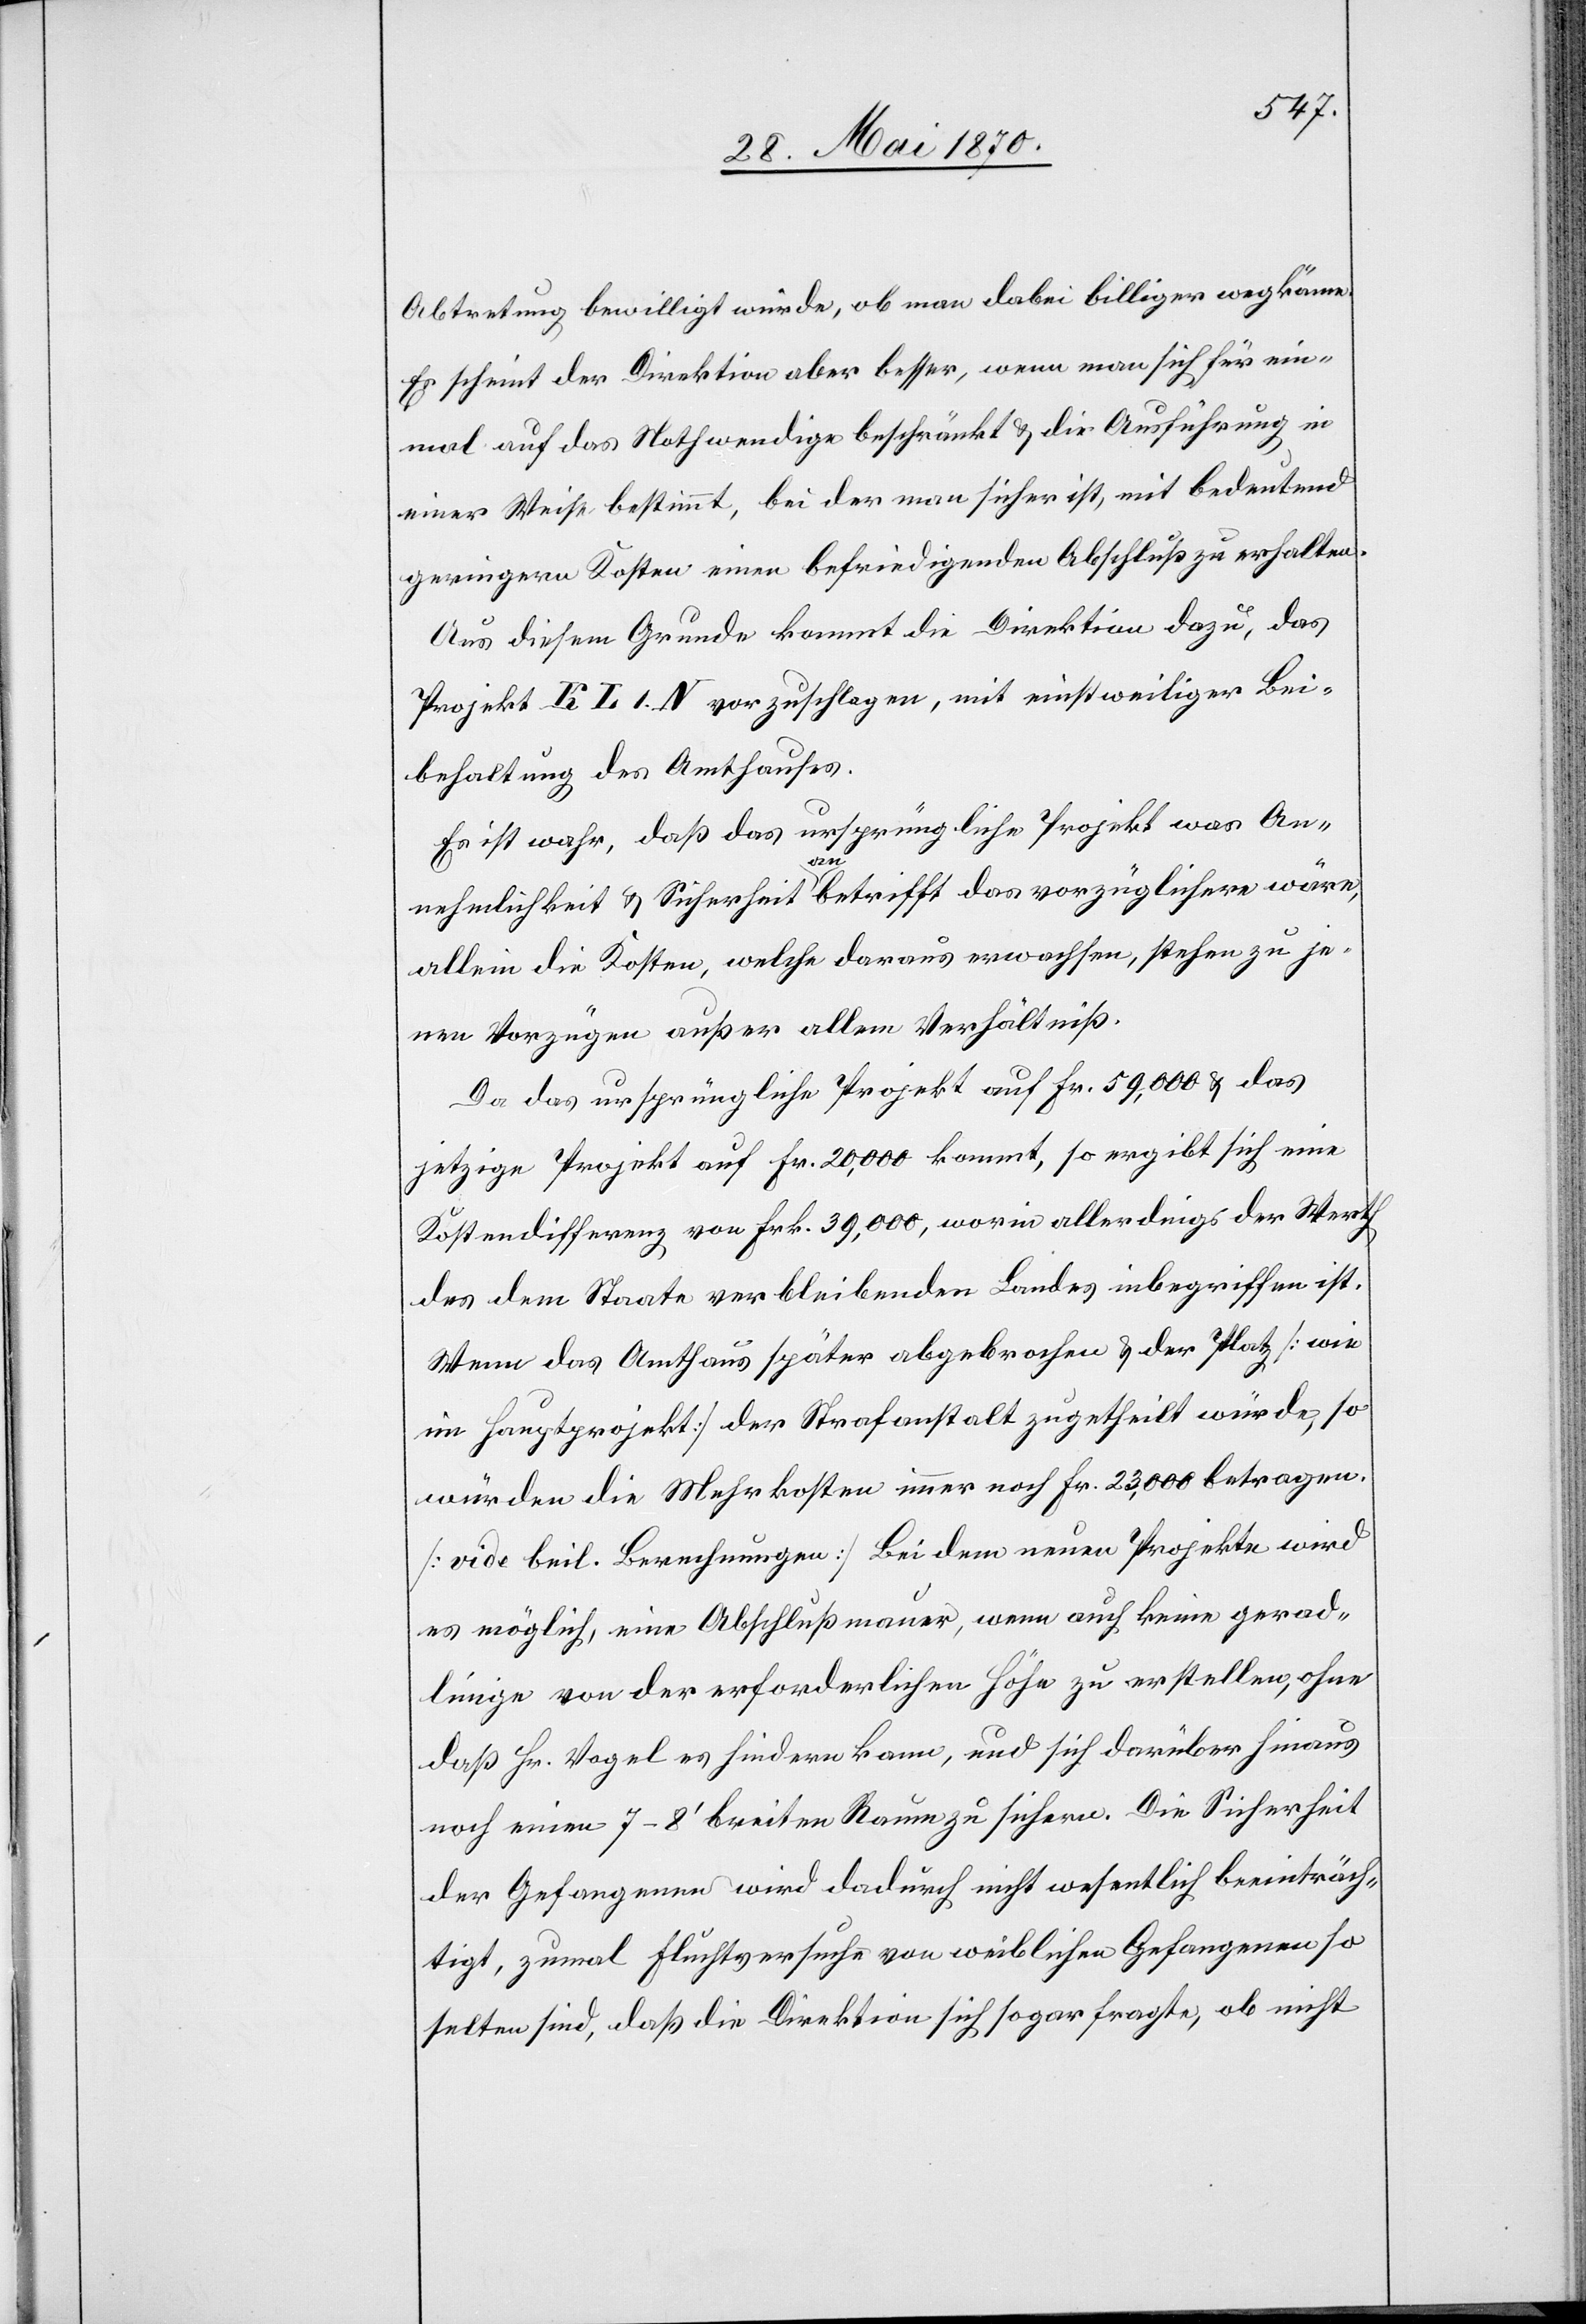
Abtretung bewilligt würde, ob man dabei billiger wegkäme.
Es scheint der Direktion aber besser, wenn man sich für ein¬
mal auf das Nothwendige beschränkt & die Ausführung in
einer Weise bestimmt, bei der man sicher ist, mit bedeutend
geringern Kosten einen befriedigenden Abschluß zu erhalten.
Aus diesem Grunde kommt die Direktion dazu, das
Projekt K L I N vorzuschlagen, mit einstweiliger Bei¬
behaltung des Amthauses.
Es ist wahr, daß das ursprüngliche Projekt was An¬
nehmlichkeit & Sicherheit anbetrifft das vorzüglichere wäre,
allein die Kosten, welche daraus erwachsen, stehen zu je¬
nen Vorzügen außer allem Verhältniß.
Da das ursprüngliche Projekt auf Fr. 59,000 & das
jetzige Projekt auf Fr. 20,000 kommt, so ergibt sich eine
Kostendifferenz von Frk. 39,000, worin allerdings der Werth
des dem Staate verbleibenden Landes inbegriffen ist.
Wenn das Amthaus später abgebrochen & der Platz [wie
im Hauptprojekt] der Strafanstalt zugetheilt würde, so
würden die Mehrkosten immer noch Fr. 23,000 betragen.
[vide beil. Berechnungen] Bei dem neuen Projekte wird
es möglich, eine Abschlußmauer, wenn auch keine gerad¬
linige von der erforderlichen Höhe zu erstellen, ohne
daß Hr. Vogel es hindern kann, und sich darüber hinaus
noch einen 7–8‘ breiten Raum zu sichern. Die Sicherheit
der Gefangenen wird dadurch nicht wesentlich beeinträch¬
tigt, zumal Fluchtversuche von weiblichen Gefangenen so
selten sind, daß die Direktion sich sogar fragt, ob nicht